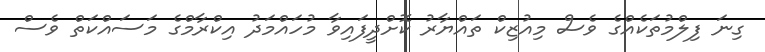
ގިނަ ފިލްމުތަކެއްގެ ވެސް މިއުޒިކް ތައްޔާރު ކޮށްދީފައިވާ މުހައްމަދު އިކްރާމްގެ މަސައްކަތް ވެސް